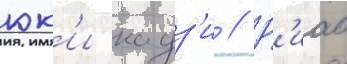
юк'и кадз'и // Р'иас